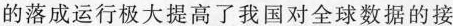
的落成运行极大提高了我国对全球数据的接